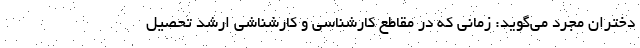
دختران مجرد می‌گوید: زمانی که در مقاطع کارشناسی و کارشناشی ارشد تحصیل